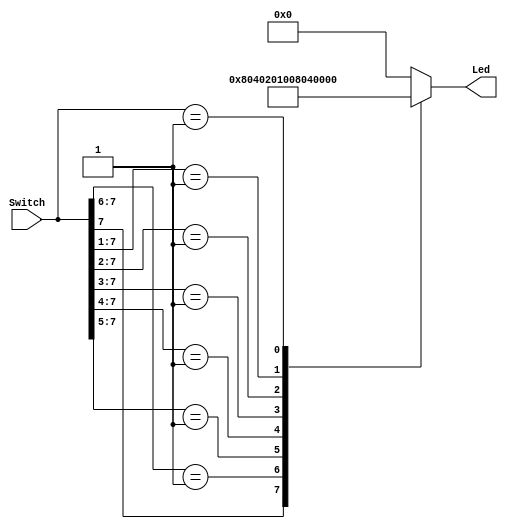
`timescale 1ns/1ns

// Problem 3.9.4 is a Priority Encoder
module Priority_Encoder(Switch, Led);
	input [7:0] Switch;
	output [7:0] Led;
	reg [7:0] Led;
	
	always @ (Switch)
	begin
	  casex(Switch)
        8'b1xxxxxxx:   Led = 8'b10000000;
        8'b01xxxxxx:   Led = 8'b01000000;
        8'b001xxxxx:   Led = 8'b00100000;
	     8'b0001xxxx:   Led = 8'b00010000;
        8'b00001xxx:   Led = 8'b00001000;
        8'b000001xx:   Led = 8'b00000100;
        8'b0000001x:   Led = 8'b00000010;
        8'b00000001:   Led = 8'b00000001;
	     default:       Led = 8'b00000000;
	  endcase
	end
endmodule

module FPGA_Priority_Encoder(sw,led);
   input [7:0] sw;
   output [7:0] led;

   Priority_Encoder PE1(sw, led);
endmodule